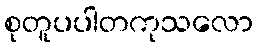
စုတူပပါတကုသလော